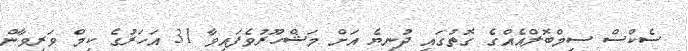
ސެކްސް ސިމްބޮލްއެއްގެ ގޮތުގައި ދުނިޔެ އަށް މަޝްހޫރުވެފައިވާ 31 އަހަރުގެ ކިމް ވަރިވާން